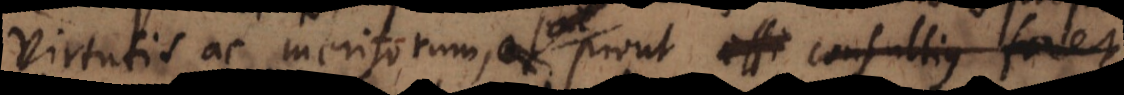
virtutis ac meritorum prout effi consultius e